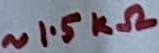
Text: ~1.5kΩ